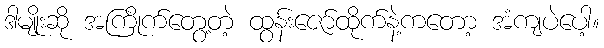
ဒါမျိုးဆို အကြိုက်တွေ့တဲ့ ထွန်းဇော်ထိုက်နဲ့ကတော့ အံကျပဲပေါ့။